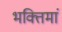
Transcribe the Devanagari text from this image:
भक्तिमां